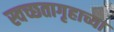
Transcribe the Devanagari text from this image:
स्वच्छतागृहाच्या